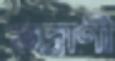
ভদ্রাণী